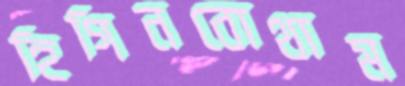
হিগিনবোথাম